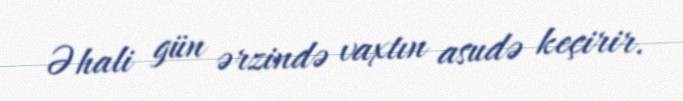
Əhali gün ərzində vaxtın asudə keçirir.